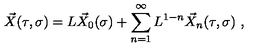
\vec { X } ( \tau , \sigma ) = L \vec { X } _ { 0 } ( \sigma ) + \sum _ { n = 1 } ^ { \infty } L ^ { 1 - n } \vec { X } _ { n } ( \tau , \sigma ) \ ,